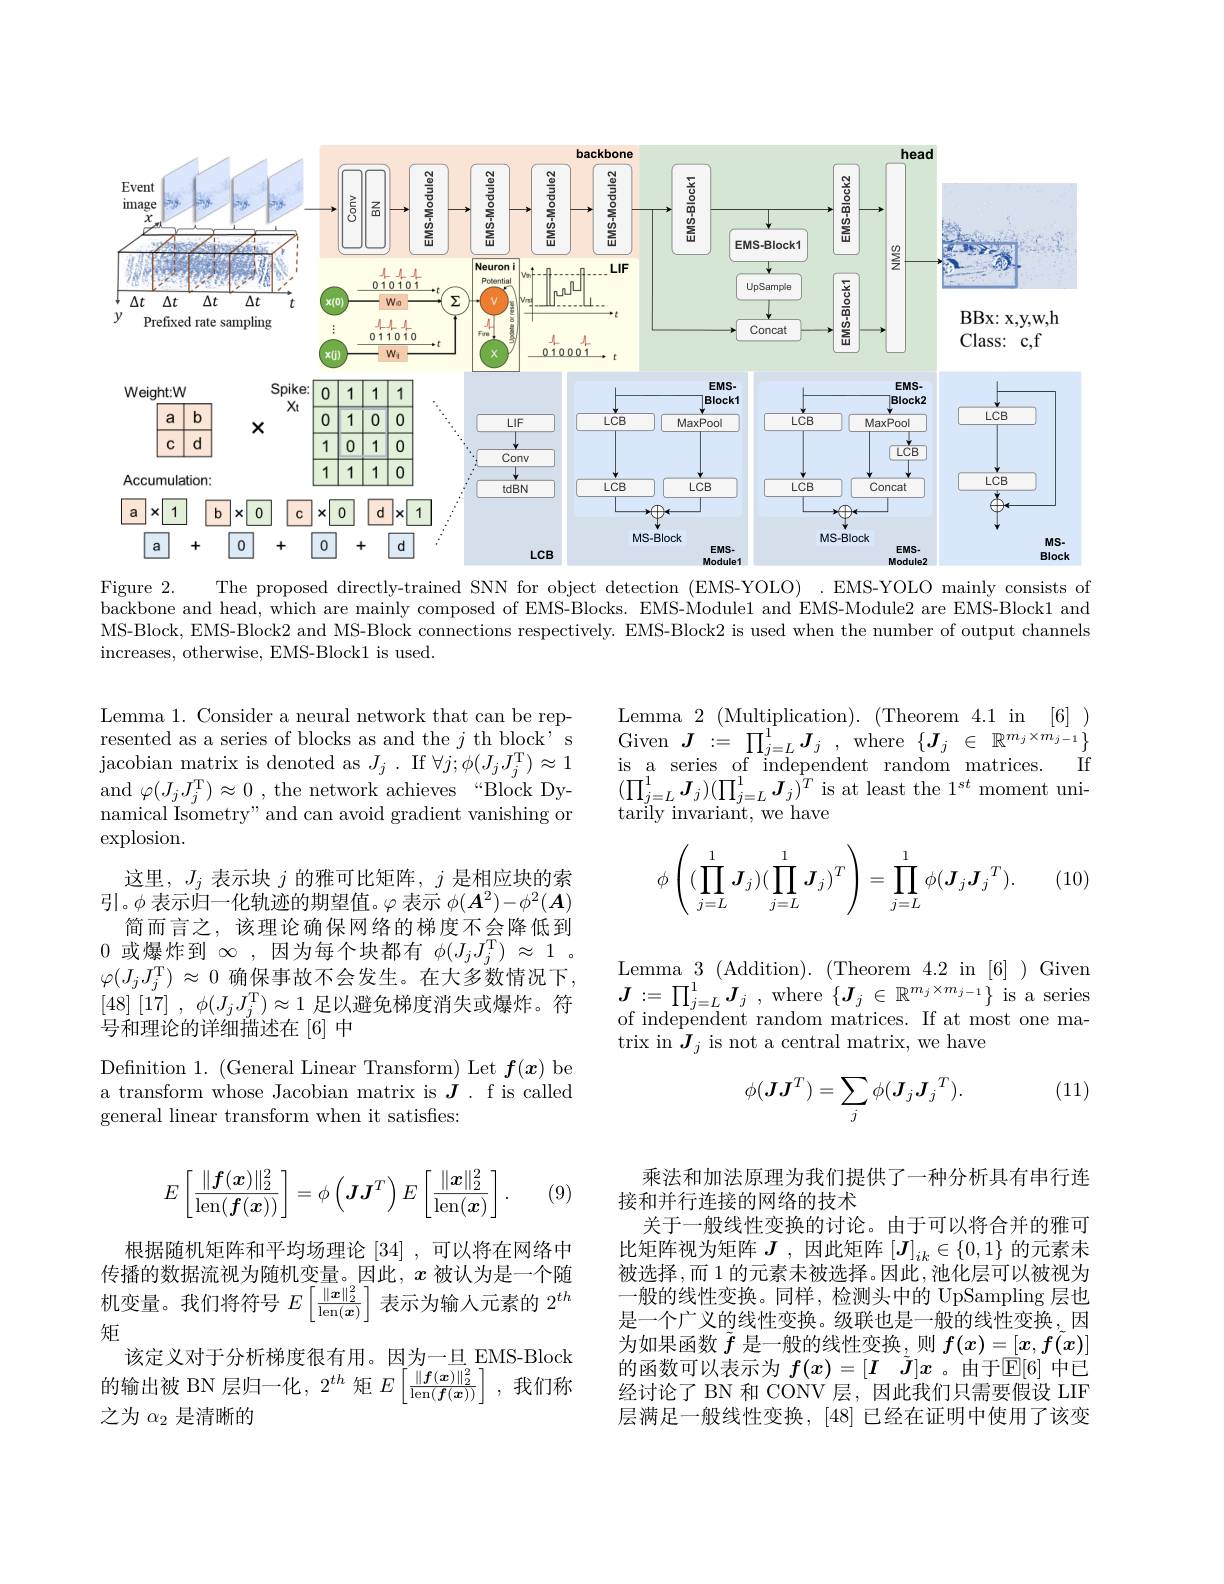
<FigureHere>

Figure 2.
The proposed directly-trained SNN for object detection (EMS-YOLO) .EMS-YOLO mainly consists of

backbone and head, which are mainly composed of EMS-Blocks. EMS-Module1 and EMS-Module2 are EMS-Block1 and MS-Block, EMS-Block2 and MS-Block connections respectively. EMS-Block2 is used when the number of output channels increases, otherwise, EMS-Block1 is used.

Lemma 2 (Multiplication). (Theorem 4.1 in [6] ) Given$J:=\prod_{j=L}^{1}\boldsymbol{J}_{j}$,where$\{\boldsymbol J_j\in\mathbb{R}^{m_{j}\times m_{j-1}}\}$
If
is a series of independent random matrices.
$(\prod_{j=L}^1\boldsymbol{J}_j)(\prod_{j=L}^1\boldsymbol{J}_j)^T$ is at least the 1$^st$ moment uni-
tarily invariant, we have

Lemma 1. Consider a neural network that can be represented as a series of blocks as and the $j$ th block' s ${\mathrm{jacobian~matrix~is~denoted~as~}}J_{j}$ $. {\mathrm{If~}}\forall j; \phi ( J_{j}J_{j}^{\mathrm{T} }) \approx 1$ and $\varphi(J_{j}J_{j}^{\mathrm{T}})\approx0$ , the network achieves “Block Dynamical Isometry" and can avoid gradient vanishing or explosion.
这里，$J_j$表示块$j$的雅可比矩阵，$j$是相应块的索引。$\phi$表示归一化轨迹的期望值。$\varphi$表示$\phi(\boldsymbol{A}^2)-\phi^2(\boldsymbol{A})$
简而言之，该理论确保网络的梯度不会降低到0或爆炸到$\infty$ ,因为每个块都有$\phi(J_jJ_j^\mathrm{T})\approx1$ 。$\varphi(J_jJ_j^\mathrm{T})\approx0$ 确保事故不会发生。在大多数情况下， [48][17] , $\phi ( J_jJ_j^\mathrm{T} ) \approx 1$足以避免梯度消失或爆炸。符号和理论的详细描述在[6]中
$$\phi\left((\prod\limits_{j=L}^1\boldsymbol{J}_j)(\prod\limits_{j=L}^1\boldsymbol{J}_j)^T\right)=\prod\limits_{j=L}^1\phi(\boldsymbol{J}_j\boldsymbol{J}_j{}^T).$$
(10)

Lemma $3\allowbreak ( {\mathrm{mod}} $s$) . \allowbreak ( \mathrm{mod} $s$) . \allowbreak ( \mathrm{mod} $s).(Theorem $4.2\mod[6])$Given $\boldsymbol{J}: = \prod _{j= L}^{1}\boldsymbol{J}_{j}$ ,where $\{\boldsymbol{J}_j\in\mathbb{R}^{m_j\times m_{j-1}}\}$ is a series of independent random matrices. If at most one matrix in $\boldsymbol J_j$ is not a central matrix, we have

(11)

Definition 1. ( General Linear Transform) Let $f( x)$ be a transform whose Jacobian matrix is $J.$ f is called general linear transform when it satisfes:
$$\phi(\boldsymbol J\boldsymbol J^T)=\sum_{j}\phi(\boldsymbol J_j\boldsymbol J_j{}^T).$$
$$E\left[\frac{\|\boldsymbol{f}(\boldsymbol{x})\|_2^2}{\mathrm{len}(\boldsymbol{f}(\boldsymbol{x}))}\right]=\phi\left(\boldsymbol{J}\boldsymbol{J}^T\right)E\left[\frac{\|\boldsymbol{x}\|_2^2}{\mathrm{len}(\boldsymbol{x})}\right].$$
(9

乘法和加法原理为我们提供了一种分析具有串行连
接和并行连接的网络的技术
关于一般线性变换的讨论。由于可以将合并的雅可比矩阵视为矩阵$J$ ,因此矩阵$[J]_{ik}\in\{0,1\}$的元素未被选择，而1 的元素未被选择。因此，池化层可以被视为一般的线性变换。同样，检测头中的 UpSampling 层也是一个广义的线性变换。级联也是一般的线性变换，因为如果函数$\tilde{f}$是一般的线性变换，则$f(x)=[x,\tilde{f(x)}]$ 的函数可以表示为 $f( x) = [ I$ $\tilde{J} ] x$ 。由于$\mathbb{E}[6]$ 中已经讨论了 BN 和 CONV 层，因此我们只需要假设 LIF 层满足一般线性变换，[48]已经在证明中使用了该变

根据随机矩阵和平均场理论[34],可以将在网络中传播的数据流视为随机变量。因此，$x$被认为是一个随机变量。我们将符号$E\left\lceil\frac{\|\boldsymbol{x}\|_2^2}{\mathrm{len}(\boldsymbol{x})}\right\rceil$表示为输入元素的$2^th$ 矩
该定义对于分析梯度很有用。因为一旦 EMS-Block 的输出被 BN 层归一化，$2^{th}$矩$E\left\lceil\frac{\|f(\boldsymbol{x})\|_{2}^{2}}{\operatorname{len}(\boldsymbol{f}(\boldsymbol{x}))}\right\rceil$,我们称之为$\alpha_2$是清晰的